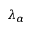
\lambda _ { \alpha }